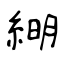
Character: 𦁠